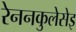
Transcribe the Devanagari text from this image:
रेननकुलेसेइ